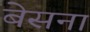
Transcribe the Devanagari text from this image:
बेसना